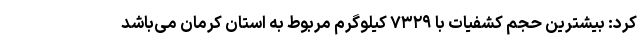
کرد: بیشترین حجم کشفیات با ۷۳۲۹ کیلوگرم مربوط به استان کرمان می‌باشد